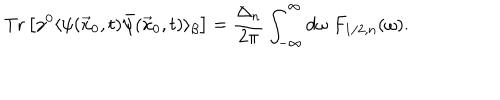
LaTeX: \mathrm { T r } \left[ \gamma ^ { 0 } \langle \psi ( \vec { x } _ { 0 } , t ) \bar { \psi } ( \vec { x } _ { 0 } , t ) \rangle _ { \beta } \right] = \frac { \Delta _ { n } } { 2 \pi } \int _ { - \infty } ^ { \infty } d \omega \; F _ { 1 / 2 , n } ( \omega ) .